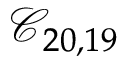
\mathcal { C } _ { 2 0 , 1 9 }